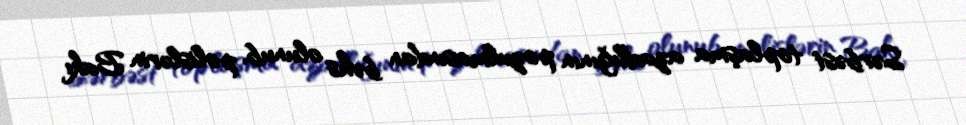
Sərbəst toplaşma azadlığının pozulmasından bəhs olunub, polislərin Bakı